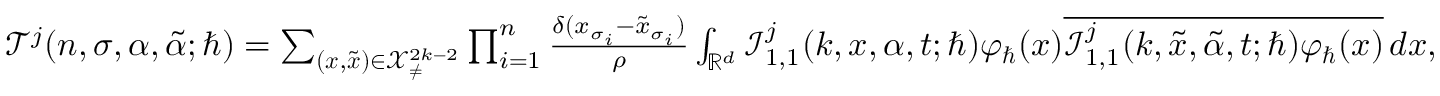
\begin{array} { r } { \mathcal { T } ^ { j } ( n , \sigma , \alpha , \tilde { \alpha } ; \hbar ) = \sum _ { ( \boldsymbol { x } , \tilde { \boldsymbol { x } } ) \in \mathcal { X } _ { \neq } ^ { 2 k - 2 } } \prod _ { i = 1 } ^ { n } \frac { \delta ( x _ { \sigma _ { i } } - \tilde { x } _ { \sigma _ { i } } ) } { \rho } \int _ { \mathbb { R } ^ { d } } \mathcal { I } _ { 1 , 1 } ^ { j } ( k , \boldsymbol { x } , \alpha , t ; \hbar ) \varphi _ { \hbar } ( x ) \overline { { \mathcal { I } _ { 1 , 1 } ^ { j } ( k , \boldsymbol { \tilde { x } } , \tilde { \alpha } , t ; \hbar ) \varphi _ { \hbar } ( x ) } } \, d x , } \end{array}